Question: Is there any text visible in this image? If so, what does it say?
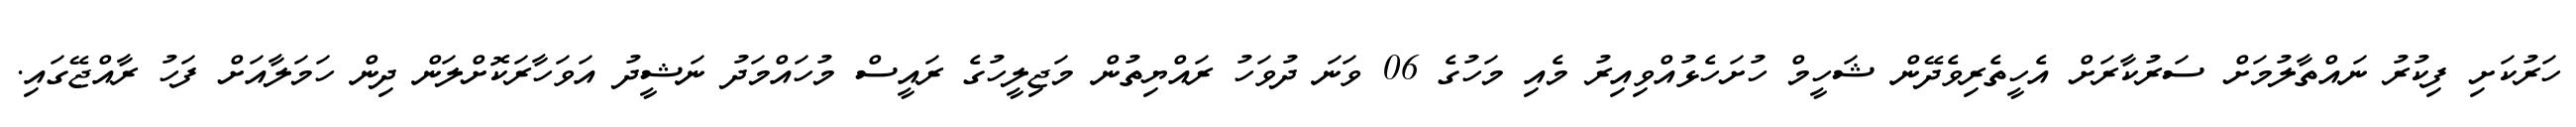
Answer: ހަރުކަށި ފިކުރު ނައްތާލުމަށް ސަރުކާރަށް އެހީތެރިވެދޭން ޝަހީމް ހުށަހެޅުއްވިއިރު މެއި މަހުގެ 06 ވަނަ ދުވަހު ރައްޔިތުން މަޖިލީހުގެ ރައީސް މުހައްމަދު ނަޝީދު އަވަހާރަކޮށްލަން ދިން ހަމަލާއަށް ފަހު ރާއްޖޭގައި.